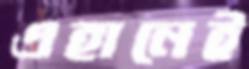
এহানেই